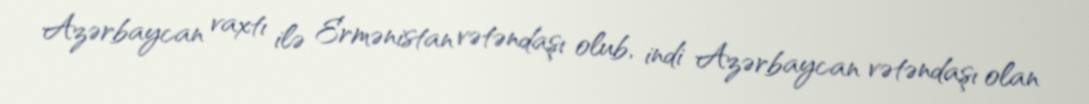
Azərbaycan vaxtı ilə Ermənistan vətəndaşı olub, indi Azərbaycan vətəndaşı olan